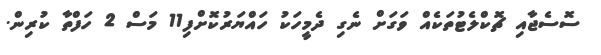
ސޮސެޖާއި ޗޮކްލެޓުތަކެއް ވަގަށް ނެގި ދެމީހަކު ހައްޔަރުކޮށްފި11 މަސް 2 ހަފްތާ ކުރިން.